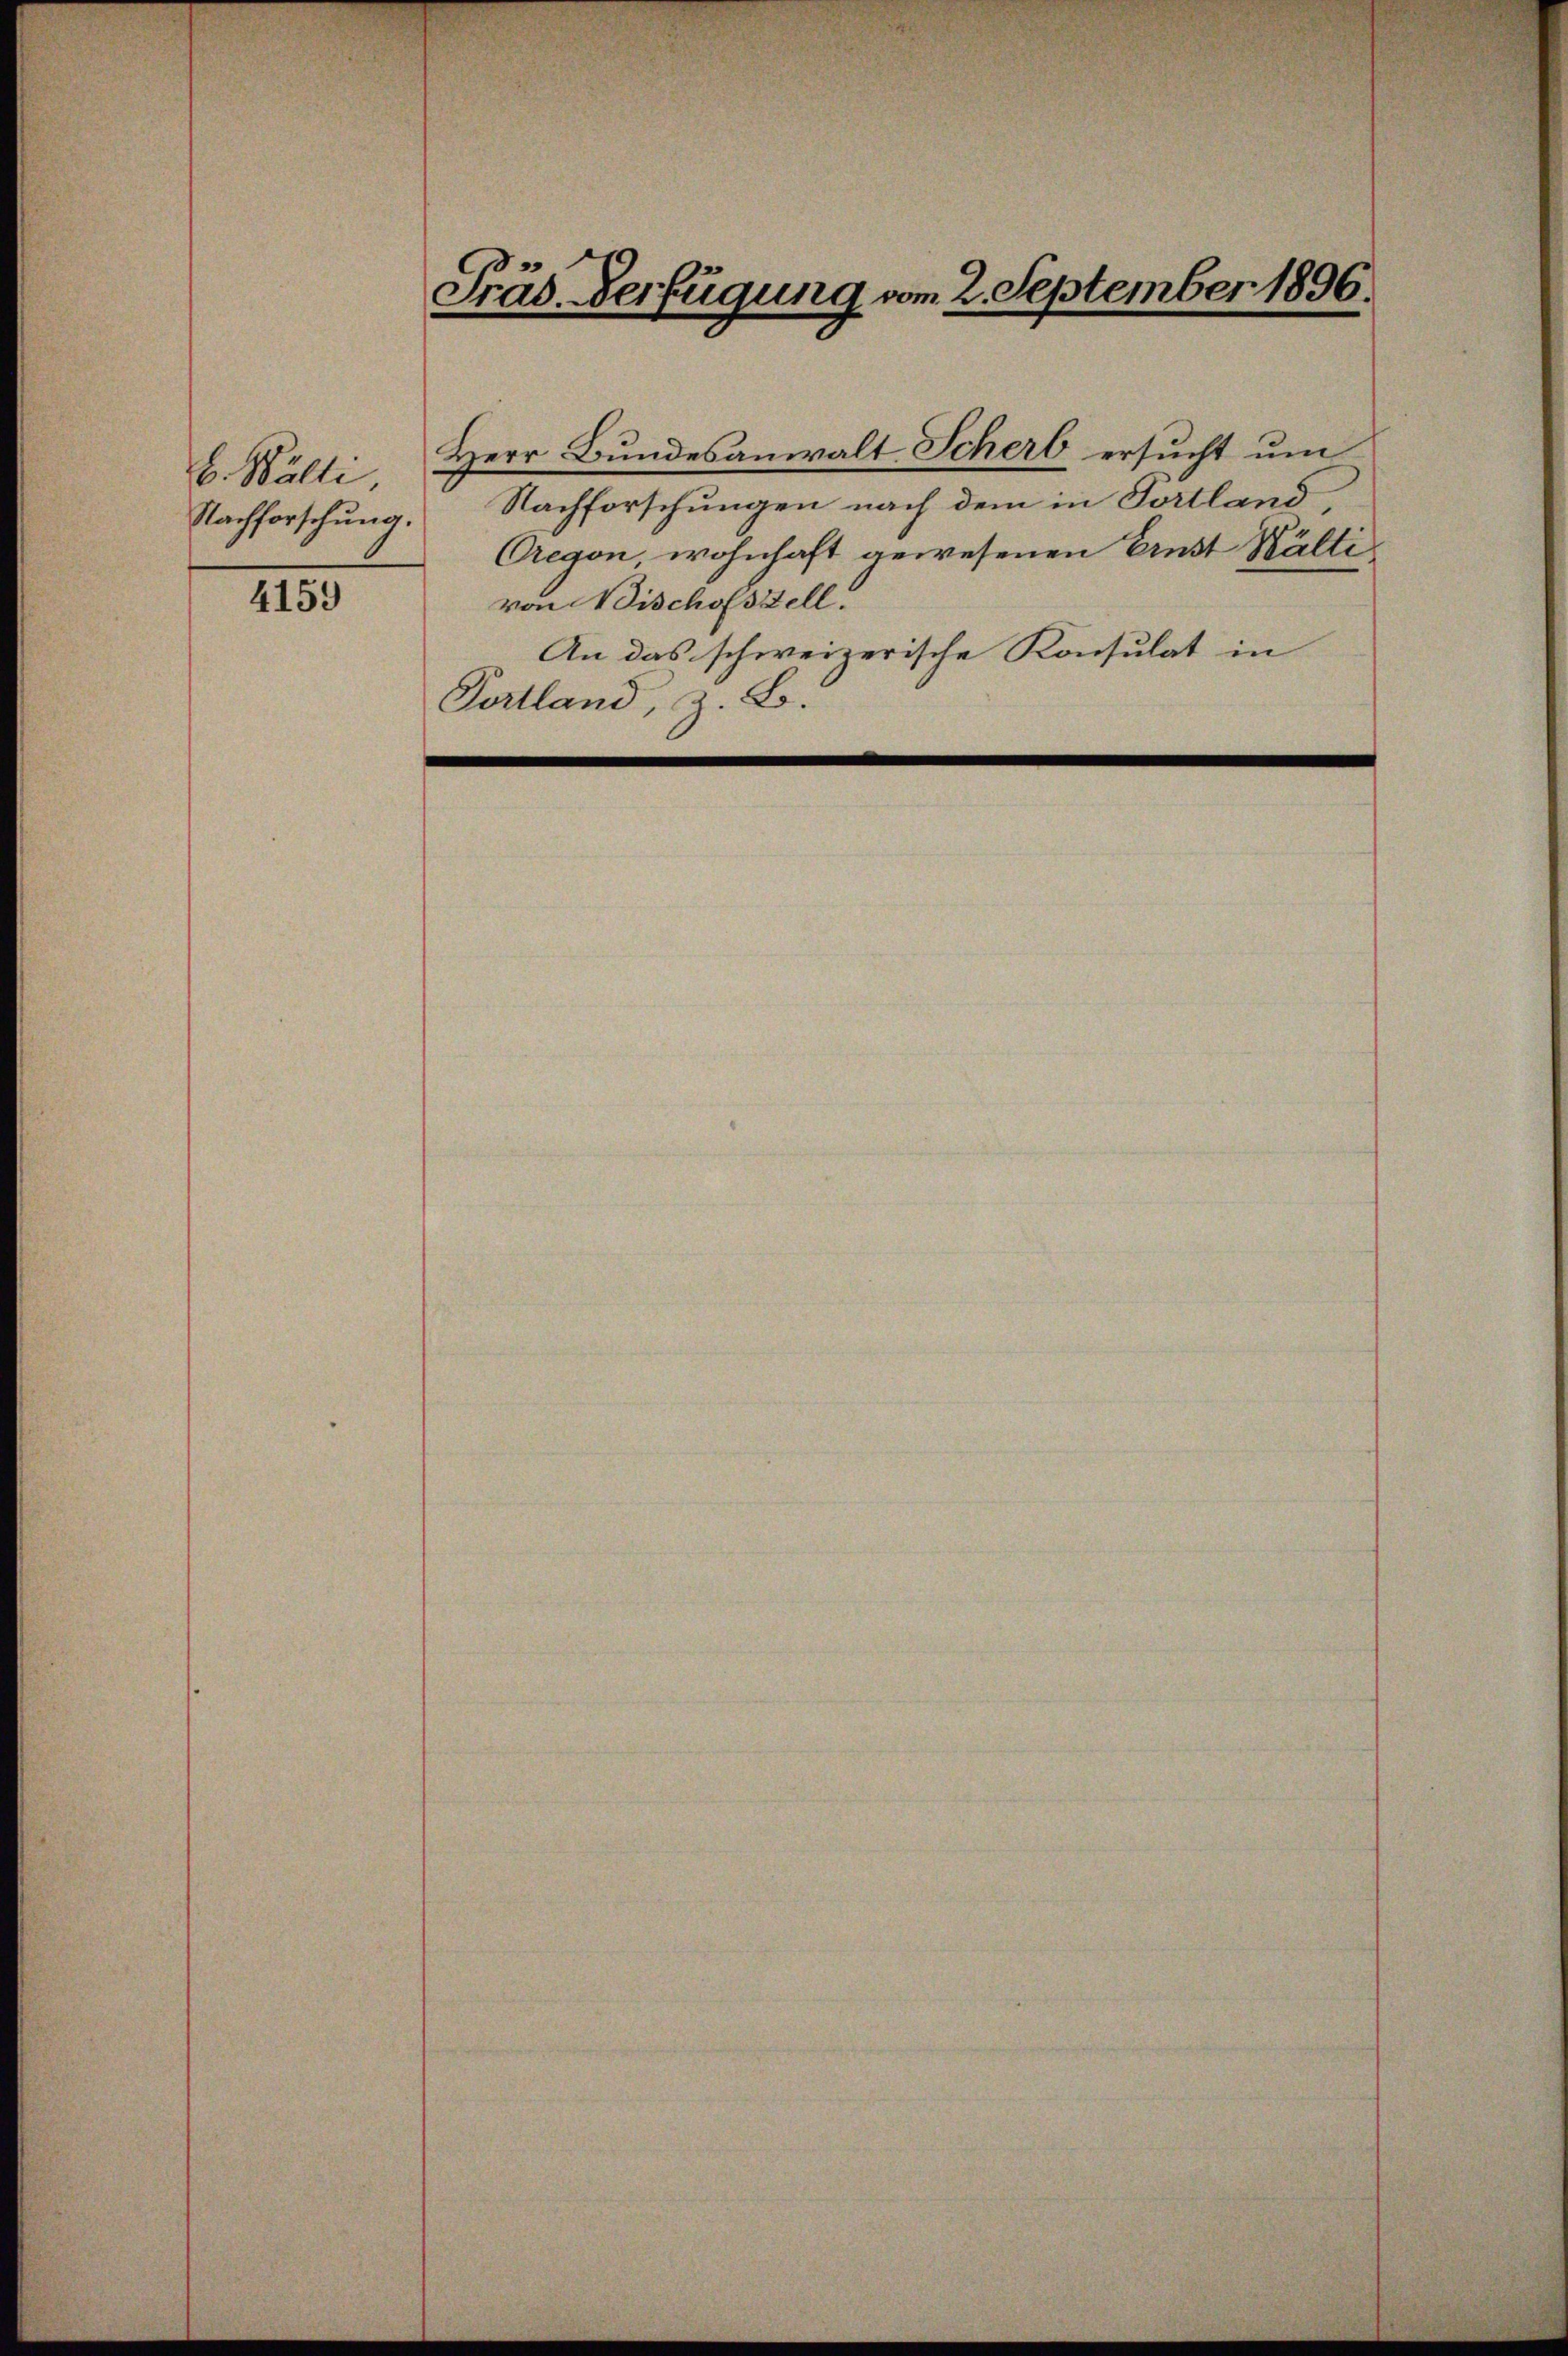
4159

B. Wälti
Nachforschung.

Präs. Verfügung vom 2. September 1896.

Herr Bundesanwalt Schert ersucht um
Nachforschungen nach dem in Portland
Oregen, wohnhaft gewesenen Ernst Wältivon Bischofszell.
An das schweizerische Konsulat in
Portland, z. B.